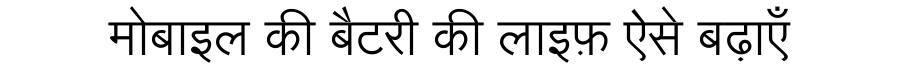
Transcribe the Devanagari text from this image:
मोबाइल की बैटरी की लाइफ़ ऐसे बढ़ाएँ